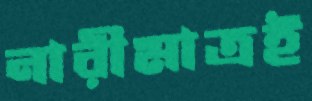
নারীমাত্রই